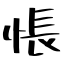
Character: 悵